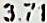
3.71